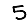
Digit: 5